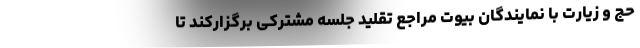
حج و زیارت با نمایندگان بیوت مراجع تقلید جلسه‌ مشترکی برگزارکند تا